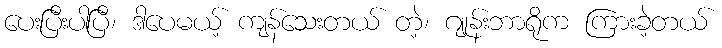
ပေးပြီးပါပြီ၊ ဒါပေမယ့် ကျန်သေးတယ် တဲ့၊ ဂျုန်းဘာရိုက ကြားခဲ့တယ်